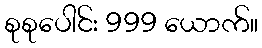
စုစုပေါင်း 999 ယောက်။